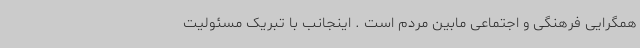
همگرایی فرهنگی و اجتماعی مابین مردم است . اینجانب با تبریک مسئولیت